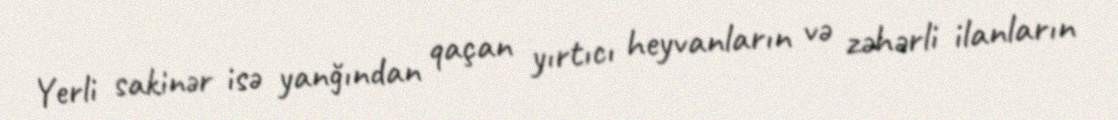
Yerli sakinər isə yanğından qaçan yırtıcı heyvanların və zəhərli ilanların